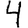
Digit: 4